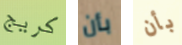
كريج بأن بأن